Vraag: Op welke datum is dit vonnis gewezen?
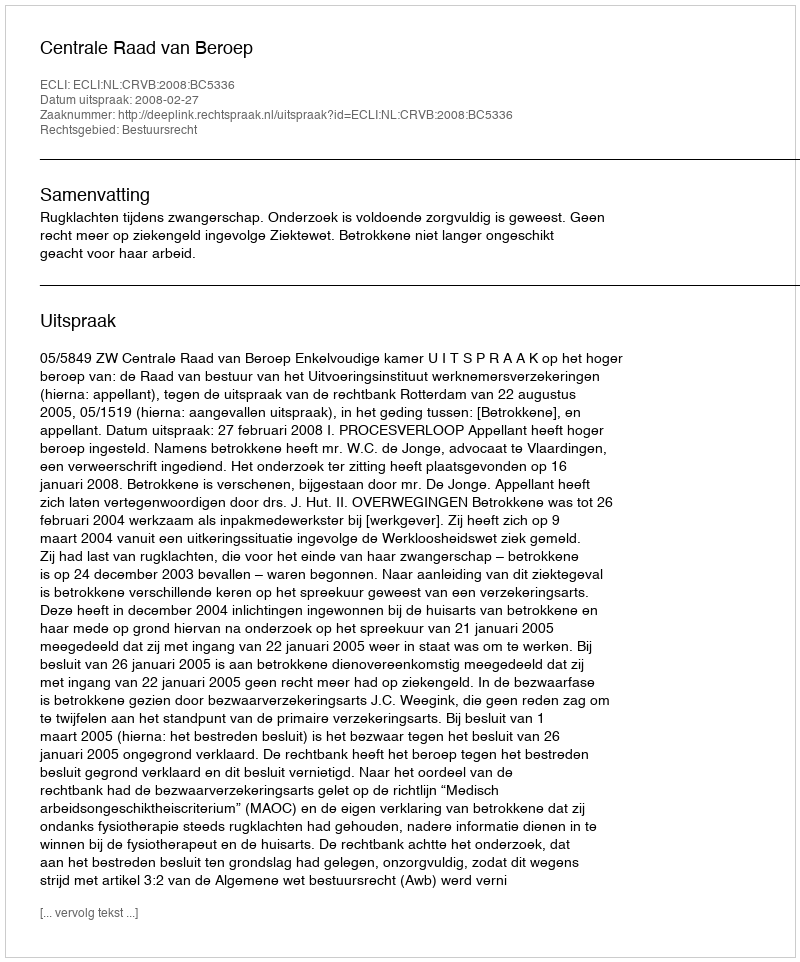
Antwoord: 2008-02-27